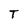
Character: T